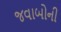
જવાબોની